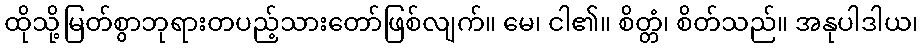
ထိုသို့မြတ်စွာဘုရားတပည့်သားတော်ဖြစ်လျက်။ မေ၊ ငါ၏။ စိတ္တံ၊ စိတ်သည်။ အနုပါဒါယ၊